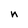
Character: n